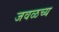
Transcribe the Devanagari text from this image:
जवळच्य